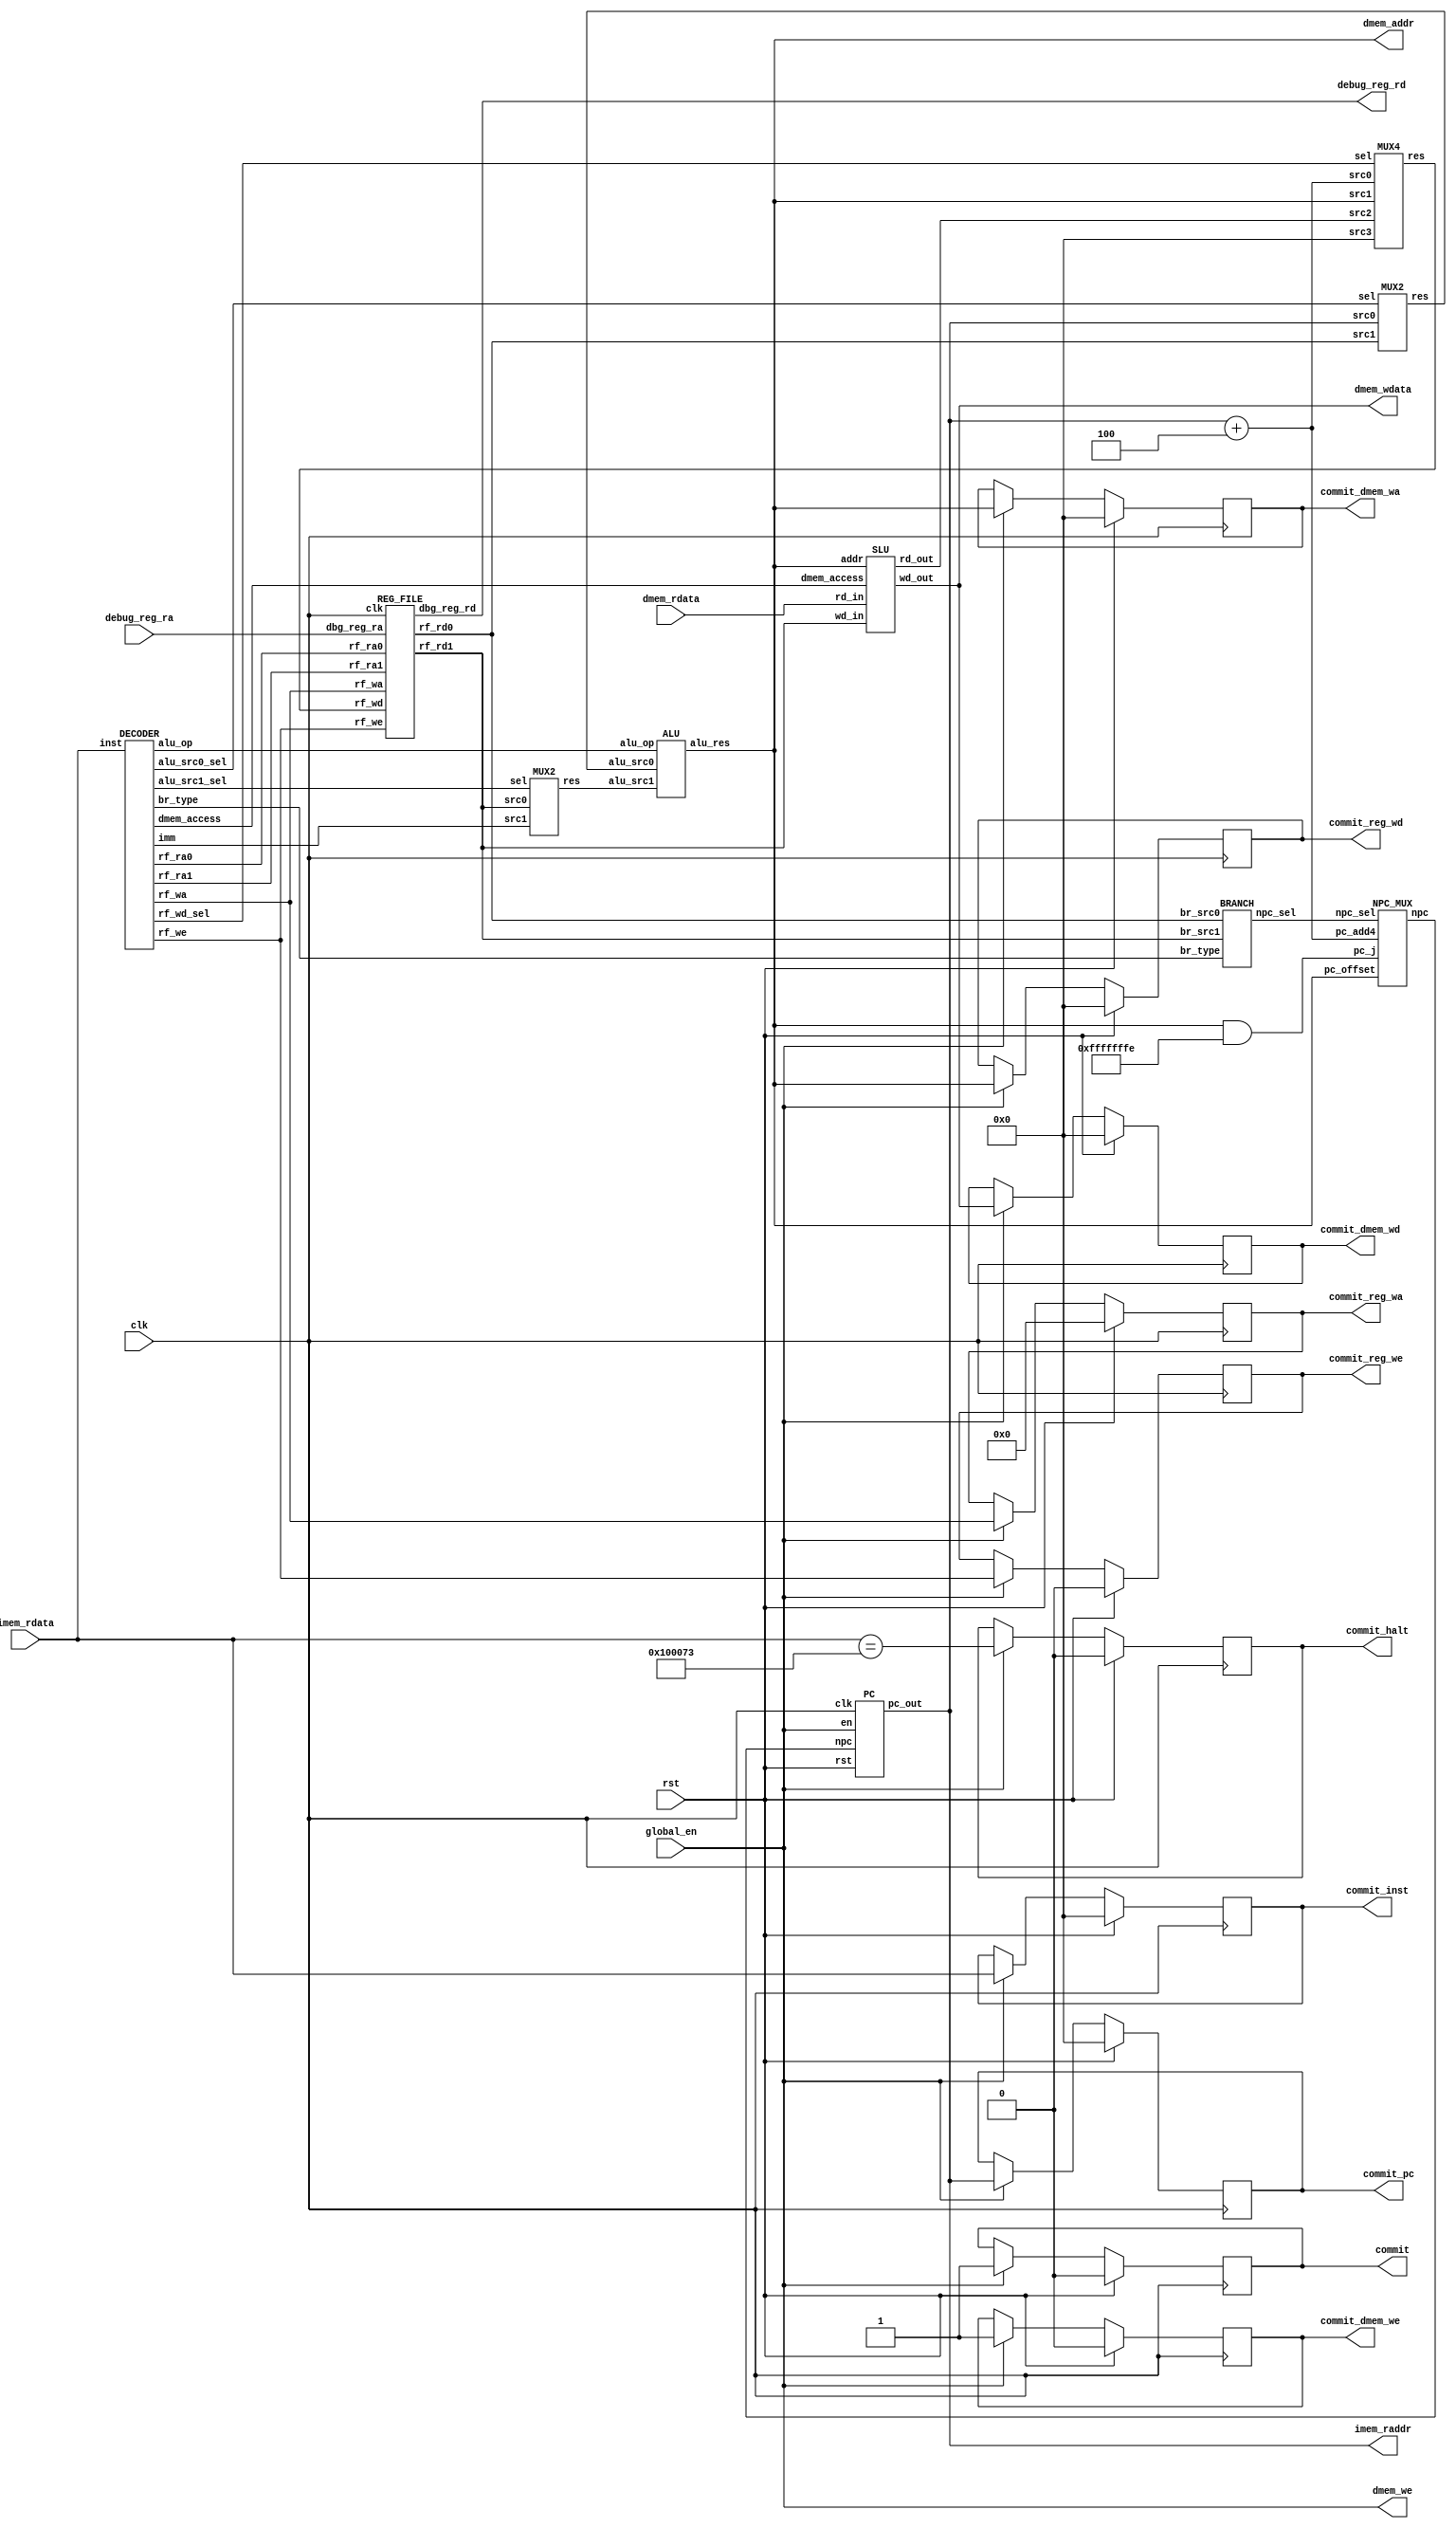
`define ADD                 5'B00000    
`define SUB                 5'B00010   
`define SLT                 5'B00100
`define SLTU                5'B00101
`define AND                 5'B01001
`define OR                  5'B01010
`define XOR                 5'B01011
`define SLL                 5'B01110   
`define SRL                 5'B01111    
`define SRA                 5'B10000  
`define SRC0                5'B10001
`define SRC1                5'B10010
//new
`define jal     4'b1001
`define jalr    4'b1010

`define beq     4'b0000
`define bne     4'b0001
`define blt     4'b0100
`define bge     4'b0101
`define bltu    4'b0110
`define bgeu    4'b0111

`define I_beq     3'b000
`define I_bne     3'b001
`define I_blt     3'b100
`define I_bge     3'b101
`define I_bltu    3'b110
`define I_bgeu    3'b111


`define lb  4'b0000
`define lbu 4'b0001
`define lh  4'b0010
`define lhu 4'b0011
`define lw  4'b0100
`define sb  4'b1000
`define sh  4'b1010
`define sw  4'b1100

module CPU (
    input                   [ 0 : 0]            clk,
    input                   [ 0 : 0]            rst,

    input                   [ 0 : 0]            global_en,

/* ------------------------------ Memory (inst) ----------------------------- */
    output                  [31 : 0]            imem_raddr,
    input                   [31 : 0]            imem_rdata,

/* ------------------------------ Memory (data) ----------------------------- */
    input                   [31 : 0]            dmem_rdata,
    output                  [ 0 : 0]            dmem_we,
    output                  [31 : 0]            dmem_addr,
    output                  [31 : 0]            dmem_wdata,

/* ---------------------------------- Debug --------------------------------- */
    output                  [ 0 : 0]            commit,
    output                  [31 : 0]            commit_pc,
    output                  [31 : 0]            commit_inst,
    output                  [ 0 : 0]            commit_halt,
    output                  [ 0 : 0]            commit_reg_we,
    output                  [ 4 : 0]            commit_reg_wa,
    output                  [31 : 0]            commit_reg_wd,
    output                  [ 0 : 0]            commit_dmem_we,
    output                  [31 : 0]            commit_dmem_wa,
    output                  [31 : 0]            commit_dmem_wd,

    input                   [ 4 : 0]            debug_reg_ra,   // TODO
    output                  [31 : 0]            debug_reg_rd    // TODO
);

// TODO
assign dmem_we=global_en;
wire [31:0] pc_out,npc;
PC pc(
    .clk(clk),
    .rst(rst),
    .en(global_en),
    .npc(npc),
    .pc_out(pc_out)
);
assign imem_raddr=pc_out;

wire [31:0] alu_res;
wire [1:0] npc_sel;
NPC_MUX npc_mux(
    .npc_sel(npc_sel),
    .pc_add4(pc_out+4),
    .pc_offset(alu_res),
    .pc_j(alu_res&32'hfffffffe),
    .npc(npc)
);

wire [4:0] alu_op,rf_ra0,rf_ra1,rf_wa;
wire [31 : 0] imm;
wire [0:0] rf_we,alu_src0_sel,alu_src1_sel;
wire [3:0] dmem_access,br_type;
wire [1:0] rf_wd_sel;
DECODER decoder(
    .inst(imem_rdata),
    .alu_op(alu_op),
    .dmem_access(dmem_access),
    .imm(imm),
    .rf_ra0(rf_ra0),
    .rf_ra1(rf_ra1),
    .rf_wa(rf_wa),
    .rf_we(rf_we),
    .rf_wd_sel(rf_wd_sel),
    .alu_src0_sel(alu_src0_sel),
    .alu_src1_sel(alu_src1_sel),
    .br_type(br_type)
);

wire [31:0] rf_wd_mux_outdata,rf_rd0,rf_rd1;
REG_FILE reg_file(
    .clk(clk),
    .rf_ra0(rf_ra0),
    .rf_ra1(rf_ra1),
    .rf_wa(rf_wa),
    .rf_we(rf_we),
    .rf_wd(rf_wd_mux_outdata),
    .rf_rd0(rf_rd0),
    .rf_rd1(rf_rd1),
    .dbg_reg_ra(debug_reg_ra),
    .dbg_reg_rd(debug_reg_rd)
);

wire [31:0] alu_src0,alu_src1;
MUX2 mux0(
    .src0(pc_out),
    .src1(rf_rd0),
    .sel(alu_src0_sel),
    .res(alu_src0)
);
MUX2 mux1(
    .src0(rf_rd1),
    .src1(imm),
    .sel(alu_src1_sel),
    .res(alu_src1)
);

BRANCH branch(
    .br_type(br_type),
    .br_src0(rf_rd0),
    .br_src1(rf_rd1),
    .npc_sel(npc_sel)
);

ALU alu(
    .alu_op(alu_op),
    .alu_src0(alu_src0),
    .alu_src1(alu_src1),
    .alu_res(alu_res)
);
assign dmem_addr=alu_res;

wire [31:0] dmem_rd_out;
MUX4 rf_wd_mux(
    .src0(pc_out+4),
    .src1(alu_res),
    .src2(dmem_rd_out),
    .src3(32'h00000000),
    .sel(rf_wd_sel),
    .res(rf_wd_mux_outdata)
);

wire [31:0] dmem_wdata_slu;
SLU slu(
    .addr(alu_res),
    .dmem_access(dmem_access),
    .rd_in(dmem_rdata),
    .rd_out(dmem_rd_out),
    .wd_in(rf_rd1),
    .wd_out(dmem_wdata_slu)
);
assign dmem_wdata=dmem_wdata_slu;





    // Commit
    reg  [ 0 : 0]   commit_reg          ;
    reg  [31 : 0]   commit_pc_reg       ;
    reg  [31 : 0]   commit_inst_reg     ;
    reg  [ 0 : 0]   commit_halt_reg     ;
    reg  [ 0 : 0]   commit_reg_we_reg   ;
    reg  [ 4 : 0]   commit_reg_wa_reg   ;
    reg  [31 : 0]   commit_reg_wd_reg   ;
    reg  [ 0 : 0]   commit_dmem_we_reg  ;
    reg  [31 : 0]   commit_dmem_wa_reg  ;
    reg  [31 : 0]   commit_dmem_wd_reg  ;

    // Commit
    always @(posedge clk) begin
        if (rst) begin
            commit_reg          <= 1'B0;
            commit_pc_reg       <= 32'H0;
            commit_inst_reg     <= 32'H0;
            commit_halt_reg     <= 1'B0;
            commit_reg_we_reg   <= 1'B0;
            commit_reg_wa_reg   <= 5'H0;
            commit_reg_wd_reg   <= 32'H0;
            commit_dmem_we_reg  <= 1'B0;
            commit_dmem_wa_reg  <= 32'H0;
            commit_dmem_wd_reg  <= 32'H0;
        end
        else if (global_en) begin
            commit_reg          <= 1'B1;
            commit_pc_reg       <= pc_out;       // TODO
            commit_inst_reg     <= imem_rdata;       // TODO
            commit_halt_reg     <= imem_rdata==32'h00100073;       // TODO
            commit_reg_we_reg   <= rf_we;       // TODO
            commit_reg_wa_reg   <= rf_wa;       // TODO
            commit_reg_wd_reg   <= alu_res;       // TODO
            commit_dmem_we_reg  <= dmem_we;
            commit_dmem_wa_reg  <= dmem_addr;
            commit_dmem_wd_reg  <= dmem_wdata_slu;
        end
    end

    assign commit           = commit_reg;
    assign commit_pc        = commit_pc_reg;
    assign commit_inst      = commit_inst_reg;
    assign commit_halt      = commit_halt_reg;
    assign commit_reg_we    = commit_reg_we_reg;
    assign commit_reg_wa    = commit_reg_wa_reg;
    assign commit_reg_wd    = commit_reg_wd_reg;
    assign commit_dmem_we   = commit_dmem_we_reg;
    assign commit_dmem_wa   = commit_dmem_wa_reg;
    assign commit_dmem_wd   = commit_dmem_wd_reg;

endmodule


module PC (
    input                   [ 0 : 0]            clk,
    input                   [ 0 : 0]            rst,
    input                   [ 0 : 0]            en,
    input                   [31 : 0]            npc,

    output                  [31 : 0]            pc_out
);
reg [31:0] pc;
always @(posedge clk) begin
    if(rst)
        pc<=32'h00400000;
    else if(en)
        pc<=npc;
end

assign pc_out=pc;

endmodule

module NPC_MUX # (
    parameter               WIDTH                   = 32
)(
    input                   [WIDTH-1 : 0]           pc_add4,pc_offset,pc_j,
    input                   [      1 : 0]           npc_sel,

    output        reg       [WIDTH-1 : 0]           npc
);

    always @(*) begin
        case (npc_sel)
            2'b00:
                npc = pc_add4; 
            2'b01:
                npc = pc_offset; 
            2'b10:
                npc = pc_j;
        endcase
    end

endmodule

module DECODER (
    input                   [31 : 0]            inst,

    output      reg         [ 4 : 0]            alu_op,

    output      reg         [ 3 : 0]            dmem_access,

    output      reg         [31 : 0]            imm,

    output                  [ 4 : 0]            rf_ra0,
    output                  [ 4 : 0]            rf_ra1,
    output                  [ 4 : 0]            rf_wa,
    output                  [ 0 : 0]            rf_we,
    output                  [ 1 : 0]            rf_wd_sel,

    output                  [ 0 : 0]            alu_src0_sel,
    output                  [ 0 : 0]            alu_src1_sel,

    output                  [ 3 : 0]            br_type
);

reg [4:0] rf_ra0_reg,rf_ra1_reg,rf_wa_reg;
reg [3:0] br_type_reg;
reg [0:0] rf_we_reg,alu_src0_sel_reg,alu_src1_sel_reg;
reg [1:0] rf_wd_sel_reg;

always @(*) begin

    case (inst[6:0])
        7'b0110011:begin//R-Type
            imm<=32'h00000000;

            rf_ra0_reg<=inst[19:15];
            rf_ra1_reg<=inst[24:20];
            rf_wa_reg<=inst[11:7];
            rf_we_reg<=1'b1;

            alu_src0_sel_reg=1'b1;
            alu_src1_sel_reg=1'b0;
            //new
            dmem_access=4'hf;
            rf_wd_sel_reg=2'b01;
            br_type_reg=4'hf;

            case (inst[14:12])
                3'b000:begin//add,sub,
                    case (inst[31:25])
                        7'b0000000:begin//add
                            alu_op=`ADD;
                        end 
                        7'b0100000:begin//sub
                            alu_op=`SUB;
                        end
                    endcase
                end 
                3'b001:begin//sll
                    alu_op=`SLL;
                end
                3'b010:begin//slt
                    alu_op=`SLT;                   
                end
                3'b011:begin//sltu
                    alu_op=`SLTU;                   
                end
                3'b100:begin//xor
                    alu_op=`XOR;
                end
                3'b101:begin//srl,sra
                    case (inst[31:25])
                        7'b0000000:begin//srl
                            alu_op=`SRL;
                        end
                        7'b0100000:begin//sra
                            alu_op=`SRA;
                        end 
                    endcase
                end
                3'b110:begin//or
                    alu_op=`OR;
                end
                3'b111:begin//and
                    alu_op=`AND;
                end
            endcase
        end
        7'b0010011:begin//I-Type
            rf_ra0_reg<=inst[19:15];
            rf_ra1_reg<=5'b00000;
            rf_wa_reg<=inst[11:7];
            rf_we_reg<=1'b1;

            alu_src0_sel_reg=1'b1;
            alu_src1_sel_reg=1'b1;            
            //new
            dmem_access=4'hf;
            rf_wd_sel_reg=2'b01;
            br_type_reg=4'hf;

            case (inst[14:12])
                3'b000:begin//addi
                    alu_op=`ADD;
                    imm={{20{inst[31:31]}},inst[31:20]};
                end
                3'b010:begin//slti
                    alu_op=`SLT;
                    imm={{20{inst[31:31]}},inst[31:20]};
                end
                3'b011:begin//sltiu
                    alu_op=`SLTU;
                    imm={{20{inst[31:31]}},inst[31:20]};
                end 
                3'b100:begin//xori
                    alu_op=`XOR;
                    imm={{20{inst[31:31]}},inst[31:20]};
                end
                3'b110:begin//ori
                    alu_op=`OR;
                    imm={{20{inst[31:31]}},inst[31:20]};
                end
                3'b111:begin//andi
                    alu_op=`AND;
                    imm={{20{inst[31:31]}},inst[31:20]};
                end
                3'b001:begin//slli
                    alu_op=`SLL;
                    imm={{20{inst[31:31]}},inst[31:20]};
                end
                3'b101:begin//srli,srai
                    case (inst[31:25])
                        7'b0000000: begin//srli
                            alu_op=`SRL;
                            imm={27'b0,inst[24:20]};
                        end
                        7'b0100000:begin//srai
                            alu_op=`SRA;
                            imm={27'b0,inst[24:20]};
                        end
                    endcase
                end
            endcase
        end 
        7'b0110111:begin//lui
            alu_op=`ADD;
            imm={inst[31:12],12'h000};

            rf_ra0_reg<=5'b00000;
            rf_ra1_reg<=5'b00000;
            rf_wa_reg<=inst[11:7];
            rf_we_reg<=1'b1;

            alu_src0_sel_reg=1'b1;
            alu_src1_sel_reg=1'b1;  
            //new
            dmem_access=4'hf;
            rf_wd_sel_reg=2'b01;
            br_type_reg=4'hf;  
        end
        7'b0010111:begin//auipc
            alu_op=`ADD;
            imm={inst[31:12],12'h000};

            rf_ra0_reg<=5'b00000;
            rf_ra1_reg<=5'b00000;
            rf_wa_reg<=inst[11:7];
            rf_we_reg<=1'b1;

            alu_src0_sel_reg=1'b0;
            alu_src1_sel_reg=1'b1; 
            //new
            dmem_access=4'hf;
            rf_wd_sel_reg=2'b01;
            br_type_reg=4'hf;   
        end
        7'b1100011:begin//B-Type
            alu_op=`ADD;
            dmem_access=4'hf;
            imm={{20{inst[31:31]}},inst[7:7],inst[30:25],inst[11:8],1'b0};

            rf_ra0_reg=inst[19:15];
            rf_ra1_reg=inst[24:20];
            rf_wa_reg=5'b00000;
            rf_we_reg=1'b0;
            rf_wd_sel_reg=2'b00;

            alu_src0_sel_reg=1'b0;
            alu_src1_sel_reg=1'b1;

            case (inst[14:12])
                `I_beq:
                    br_type_reg=`beq;
                `I_bne:
                    br_type_reg=`bne;
                `I_blt:
                    br_type_reg=`blt;
                `I_bge:
                    br_type_reg=`bge;
                `I_bltu:
                    br_type_reg=`bltu;
                `I_bgeu:
                    br_type_reg=`bgeu;
            endcase
        end
        7'b1101111:begin//jal
            alu_op=`ADD;
            dmem_access=4'hf;
            imm={{12{inst[31:31]}},inst[19:12],inst[20:20],inst[30:21],1'b0};

            rf_ra0_reg=5'b00000;
            rf_ra1_reg=5'b00000;
            rf_wa_reg=inst[11:7];
            rf_we_reg=1'b1;
            rf_wd_sel_reg=2'b00;

            alu_src0_sel_reg=1'b0;
            alu_src1_sel_reg=1'b1;

            br_type_reg=`jal;

        end
        7'b1100111:begin//jalr
            alu_op=`ADD;
            dmem_access=4'hf;
            imm={{21{inst[31:31]}},inst[30:20]};

            rf_ra0_reg=inst[19:15];
            rf_ra1_reg=5'b00000;
            rf_wa_reg=inst[11:7];
            rf_we_reg=1'b1;
            rf_wd_sel_reg=2'b00;

            alu_src0_sel_reg=1'b1;
            alu_src1_sel_reg=1'b1;

            br_type_reg=`jalr;
            
        end
        7'b0000011:begin//L-Type
            alu_op=`ADD;
            imm={20'h00000,inst[31:20]};

            rf_ra0_reg=inst[19:15];
            rf_ra1_reg=5'b00000;
            rf_wa_reg=inst[11:7];
            rf_we_reg=1'b1;
            rf_wd_sel_reg=2'b10;

            alu_src0_sel_reg=1'b1;
            alu_src1_sel_reg=1'b1;

            br_type_reg=4'hf;

            case (inst[14:12])
                3'b000:begin//lb
                    dmem_access=`lb;
                end 
                3'b001:begin//lh
                    dmem_access=`lh;
                end
                3'b010:begin//lw
                    dmem_access=`lw;
                end
                3'b100:begin//lbu
                    dmem_access=`lbu;
                end
                3'b101:begin//lhu
                    dmem_access=`lhu;
                end
                default:begin
                    dmem_access=4'b1111;
                end
            endcase
        end
        7'b0100011:begin//S-Type
            alu_op=`ADD;
            imm={inst[31:25],inst[11:7]};

            rf_ra0_reg=inst[19:15];
            rf_ra1_reg=inst[24:20];
            rf_wa_reg=5'b00000;
            rf_we_reg=1'b0;
            rf_wd_sel_reg=2'b00;

            alu_src0_sel_reg=1'b1;
            alu_src1_sel_reg=1'b1;

            br_type_reg=4'hf;
            case (inst[14:12])
                3'b000:begin//sb
                    dmem_access=`sb;
                end 
                3'b001:begin//sh
                    dmem_access=`sh;
                end
                3'b010:begin//sw
                    dmem_access=`sw;
                end
                default: begin
                    dmem_access=4'b1111;
                end
            endcase
        end
    endcase
end

assign rf_ra0=rf_ra0_reg;
assign rf_ra1=rf_ra1_reg;
assign rf_wa=rf_wa_reg;
assign rf_wd_sel=rf_wd_sel_reg;
assign br_type=br_type_reg;
assign rf_we=rf_we_reg;
assign alu_src0_sel=alu_src0_sel_reg;
assign alu_src1_sel=alu_src1_sel_reg;

endmodule

module REG_FILE (
    input                   [ 0 : 0]        clk,

    input                   [ 4 : 0]        rf_ra0,
    input                   [ 4 : 0]        rf_ra1,   
    input                   [ 4 : 0]        rf_wa,
    input                   [ 0 : 0]        rf_we,
    input                   [31 : 0]        rf_wd,

    output        reg          [31 : 0]        rf_rd0,
    output        reg          [31 : 0]        rf_rd1,
    input      [4:0] dbg_reg_ra,
    output reg [31:0] dbg_reg_rd
);

    reg [31 : 0] reg_file [0 : 31];

    // 
    integer i;
    initial begin
        for (i = 0; i < 32; i = i + 1)
            reg_file[i] = 0;
    end

    always @(posedge clk) begin
        if(rf_we&&rf_wa!=0)begin
            reg_file[rf_wa] <= rf_wd;
        end 
        else begin
           reg_file[rf_wa] <= reg_file[rf_wa]; 
        end
    end

    always @(*) begin
        rf_rd0=reg_file[rf_ra0];
        rf_rd1=reg_file[rf_ra1];
        dbg_reg_rd=reg_file[dbg_reg_ra];
    end

endmodule

module MUX2 # (
    parameter               WIDTH                   = 32
)(
    input                   [WIDTH-1 : 0]           src0, src1,
    input                   [      0 : 0]           sel,

    output                  [WIDTH-1 : 0]           res
);

    assign res = sel ? src1 : src0;

endmodule

module MUX4 # (
    parameter               WIDTH                   = 32
)(
    input                   [WIDTH-1 : 0]           src0, src1, src2, src3,
    input                   [      1 : 0]           sel,

    output                  [WIDTH-1 : 0]           res
);

    assign res = sel[1] ? (sel[0] ? src3 : src2) : (sel[0] ? src1 : src0);

endmodule

module BRANCH(
    input                   [ 3 : 0]            br_type,

    input                   [31 : 0]            br_src0,
    input                   [31 : 0]            br_src1,

    output      reg         [ 1 : 0]            npc_sel
);

always @(*) begin
    case (br_type)          
        `jal:begin
            npc_sel=2'b01;
        end
        `jalr:begin
            npc_sel=2'b10;
        end  
        `beq:begin
            if(br_src0==br_src1)
                npc_sel=2'b01;
            else
                npc_sel=2'b00;
        end
        `bne:begin
            if(br_src0!=br_src1)
                npc_sel=2'b10;
            else
                npc_sel=2'b00;
        end           
        `blt:begin
            if(br_src0[31]==1'b1&&br_src1[31]==1'b0)
                npc_sel=2'b01;
            else if(br_src0[31]==1'b0&&br_src1[31]==1'b1)
                npc_sel=2'b00;
            else if(br_src0[30:0]<br_src1[30:0])
                npc_sel=2'b01;
            else 
                npc_sel=2'b00;
        end
        `bge:begin
            if(br_src0[31]==1'b0&&br_src1[31]==1'b1)
                npc_sel=2'b01;
            else if(br_src0[31]==1'b1&&br_src1[31]==1'b0)
                npc_sel=2'b00;
            else if(br_src0[30:0]>=br_src1[30:0])
                npc_sel=2'b01;
            else 
                npc_sel=2'b00;
        end
        `bltu:begin
            if(br_src0<br_src1)
                npc_sel=2'b01;
            else
                npc_sel=2'b00;
        end
        `bgeu:begin
            if(br_src0>=br_src1)
                npc_sel=2'b01;
            else
                npc_sel=2'b00;
    end
        default:
            npc_sel=2'b00;
    endcase
end

endmodule

module ALU (
    input                   [31 : 0]            alu_src0,
    input                   [31 : 0]            alu_src1,
    input                   [ 4 : 0]            alu_op,

    output      reg         [31 : 0]            alu_res
);

    always @(*) begin
        case(alu_op)
            `ADD  :
                alu_res = alu_src0 + alu_src1;
            `SUB:
                alu_res=alu_src0-alu_src1;
            `SLTU:
                if(alu_src0<alu_src1)
                    alu_res=1;
                else
                    alu_res=0;
            `SLT:
                if(alu_src0[31]==1&&alu_src1[31]==0)
                    alu_res=1;
                else if(alu_src0[31]==0&&alu_src1[31]==1)
                    alu_res=0;
                else if(alu_src0[30:0]<alu_src1[30:0])
                    alu_res=1;
                else
                    alu_res=0;
            `AND:
                alu_res=alu_src0&alu_src1;
            `OR:
                alu_res=alu_src0|alu_src1;
             `XOR:
                alu_res=alu_src0^alu_src1;
            `SLL:
                alu_res=alu_src0<<alu_src1[4:0];
            `SRL:
                alu_res=alu_src0>>alu_src1[4:0];
            `SRA:
                alu_res=($signed(alu_src0))>>>alu_src1[4:0];
            `SRC0:
                alu_res=alu_src0;
            `SRC1:
                alu_res=alu_src1;
            default :
                alu_res = 32'H0;
        endcase
    end
endmodule

module SLU (
    input                   [31 : 0]                addr,
    input                   [ 3 : 0]                dmem_access,

    input                   [31 : 0]                rd_in,
    input                   [31 : 0]                wd_in,

    output      reg         [31 : 0]                rd_out,
    output      reg         [31 : 0]                wd_out
);

always @(*) begin
    case (dmem_access)
        `lb:begin
            wd_out=rd_in;
            case (addr[3:0]%4)
                0:begin
                    rd_out={{24{rd_in[7:7]}},rd_in[7:0]};
                end 
                1:begin
                    rd_out={{24{rd_in[15:15]}},rd_in[15:8]};
                end
                2:begin
                    rd_out={{24{rd_in[23:23]}},rd_in[23:16]};
                end
                3:begin
                    rd_out={{24{rd_in[31:31]}},rd_in[31:24]};
                end
            endcase
        end 
        `lbu:begin
            wd_out=rd_in;
            case (addr[3:0]%4)
                0:begin
                    rd_out={24'h000000,rd_in[7:0]};
                end 
                1:begin
                    rd_out={24'h000000,rd_in[15:8]};
                end
                2:begin
                    rd_out={24'h000000,rd_in[23:16]};
                end
                3:begin
                    rd_out={24'h000000,rd_in[31:24]};
                end
            endcase
        end
        `lh:begin
            wd_out=rd_in;
            case (addr[3:0]%4)
                0:begin
                    rd_out={{16{rd_in[15:15]}},rd_in[15:0]};
                end
                2:begin
                    rd_out={{16{rd_in[31:31]}},rd_in[31:16]};
                end 
                default: begin
                    rd_out=32'hffffffff;
                end
            endcase
        end
        `lhu:begin
            wd_out=wd_in;
            case (addr[3:0]%4)
                0:begin
                    rd_out={16'h0000,rd_in[15:0]};
                end
                2:begin
                    rd_out={16'h0000,rd_in[31:16]};
                end 
                default: begin
                    rd_out=32'hffffffff;
                end
            endcase
        end
        `lw:begin
            wd_out=wd_in;
            case (addr[3:0]%4)
                0:begin
                    rd_out=rd_in;
                end 
                default:begin
                    rd_out=32'hffffffff;
                end 
            endcase
        end
        `sb:begin
            rd_out=32'h00000000;
            case (addr[3:0]%4)
                0:begin
                    wd_out={rd_in[31:8],wd_in[7:0]};
                end 
                1:begin
                    wd_out={rd_in[31:16],wd_in[7:0],rd_in[7:0]};
                end
                2:begin
                    wd_out={rd_in[31:24],wd_in[7:0],rd_in[15:0]};
                end
                3:begin
                    wd_out={rd_in[7:0],rd_in[23:0]};
                end 
            endcase
        end
        `sh:begin
            rd_out=32'h00000000;
            case (addr[3:0]%4)
                0:begin
                    wd_out={rd_in[31:16],wd_in[15:0]};
                end 
                2:begin
                    wd_out={wd_in[31:16],rd_in[15:0]};
                end
                default: begin
                    wd_out=rd_in;
                end
            endcase
        end
        `sw:begin
            rd_out=32'h00000000;
            case (addr[3:0]%4)
                0:begin
                    wd_out=wd_in;
                end 
                default:begin
                    wd_out=rd_in;
                end 
            endcase
        end
        default:begin
            wd_out=rd_in;
            rd_out=32'h00000000;
        end
    endcase
end

endmodule